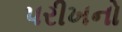
પરીખનો